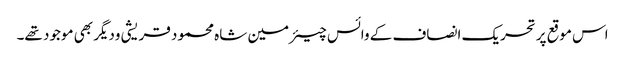
اس موقع پرتحریک انصاف کے وائس چیئرمین شاہ محمود قریشی ودیگر بھی موجود تھے۔